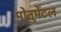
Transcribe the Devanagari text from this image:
मोनुमेंटल